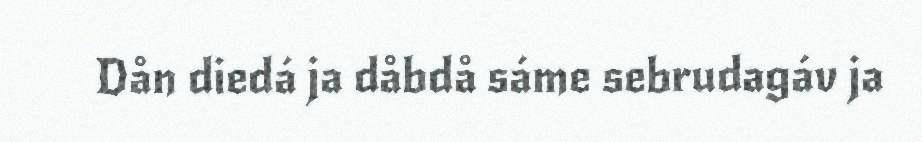
Dån diedá ja dåbdå sáme sebrudagáv ja